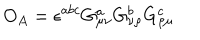
LaTeX: O _ { A } = \epsilon ^ { a b c } G _ { \mu \nu } ^ { a } G _ { \nu \rho } ^ { b } G _ { \rho \mu } ^ { c }